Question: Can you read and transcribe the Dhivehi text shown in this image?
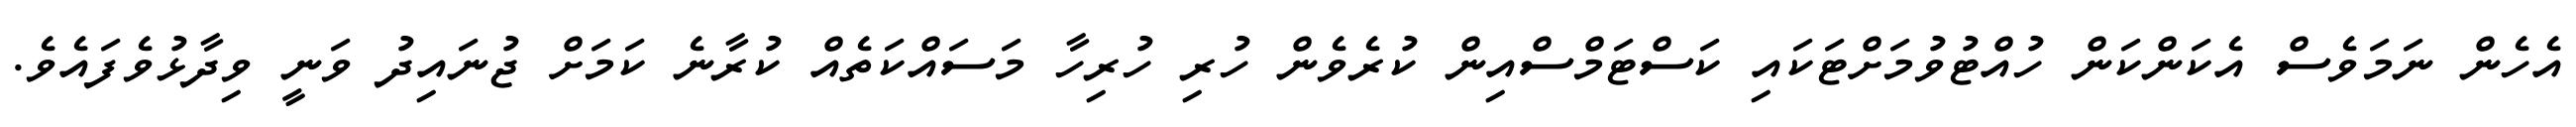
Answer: އެހެން ނަމަވެސް އެކަންކަން ހުއްޓުވުމަށްޓަކައި ކަސްޓަމްސްއިން ކުރެވެން ހުރި ހުރިހާ މަސައްކަތެއް ކުރާނެ ކަމަށް ޖުނައިދު ވަނީ ވިދާޅުވެފައެވެ.